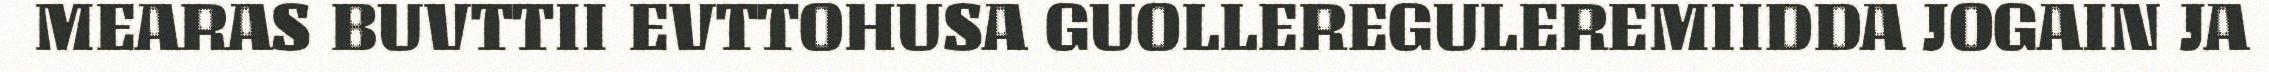
MEARAS BUVTTII EVTTOHUSA GUOLLEREGULEREMIIDDA JOGAIN JA